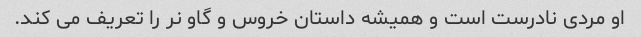
او مردی نادرست است و همیشه داستان خروس و گاو نر را تعریف می کند.